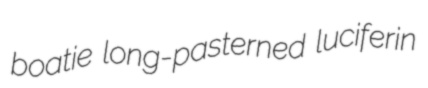
boatie long-pasterned luciferin